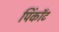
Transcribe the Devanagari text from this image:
पिंकॉट